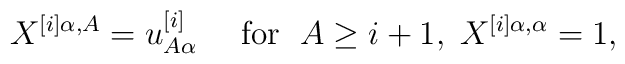
X^{[i]\alpha , A}=u^{[i]}_{A\alpha} \quad \mbox{ for }\; A\geq i+1,\;X^{[i]\alpha , \alpha}=1,